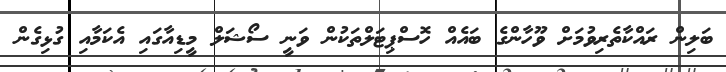
ބަލިން ރައްކާތެރިވުމަށް ވޫހާންގެ ބައެއް ހޮސްޕިޓަލްތަކުން ވަނީ ސޯޝަލް މީޑިއާގައި އެކަމާއި ގުޅިގެން